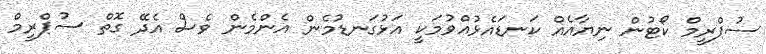
ސުޕްރީމް ކޯޓުން ނިޔާއެއް ކަނޑައެޅުއްވުމަކީ އަޅުގަނޑުމެން އެންމެން ވެސް އެދޭ ގޮތް ސުޕްރީމް